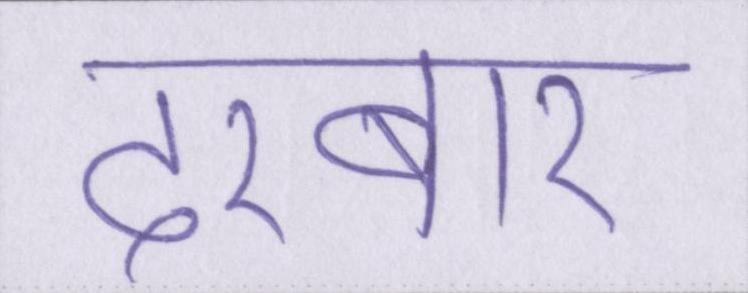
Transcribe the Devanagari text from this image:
दरबार